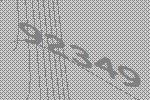
92349